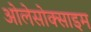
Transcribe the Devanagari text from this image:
ओलेसोक्साइम